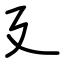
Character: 廴